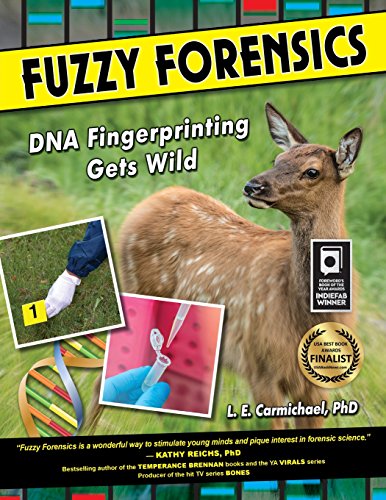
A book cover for Fuzzy Forensics: DNA Fingerprinting Gets Wild; L. E. Carmichael; Children's Books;